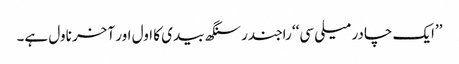
’’ایک چادر میلی سی‘‘ راجندر سنگھ بیدی کا اول اور آخر ناول ہے۔